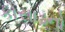
કોસાડનો